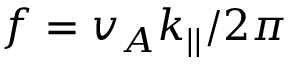
f = v _ { A } k _ { | | } / 2 \pi